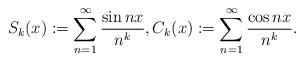
LaTeX: \begin{align*} S_{k} (x) := \sum_{n=1}^\infty \frac{\sin nx}{n^{k}} , C_k (x):= \sum_{n=1}^\infty \frac{\cos nx}{n^{k}} .\end{align*}